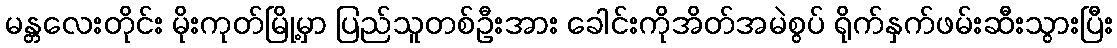
မန္တလေးတိုင်း မိုးကုတ်မြို့မှာ ပြည်သူတစ်ဦးအား ခေါင်းကိုအိတ်အမဲစွပ် ရိုက်နှက်ဖမ်းဆီးသွားပြီး